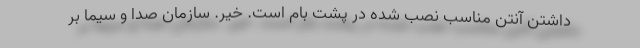
داشتن آنتن مناسب نصب شده در پشت بام است. خیر. سازمان صدا و سیما بر